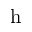
\mathrm { h }